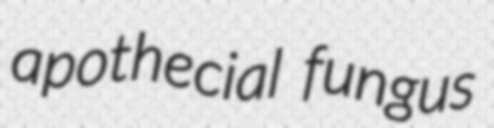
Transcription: apothecial fungus